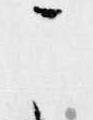
こ